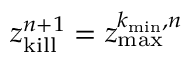
z _ { \mathrm { k i l l } } ^ { n + 1 } = z _ { \mathrm { m a x } } ^ { k _ { \mathrm { m i n } } , n }